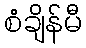
စံချိန်မီ